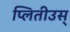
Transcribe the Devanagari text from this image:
प्लितीउस्